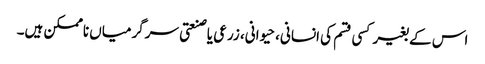
اس کے بغیر کسی قسم کی انسانی، حیوانی، زرعی یا صنعتی سرگرمیاں ناممکن ہیں۔